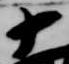
十